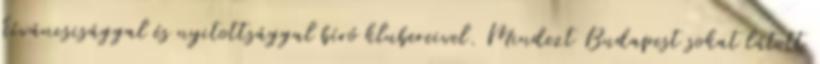
kíváncsisággal és nyitottsággal bíró klubereivel. Mindezt Budapest sokat látott